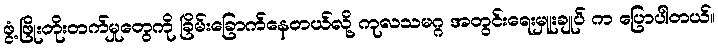
ဖွံ့ဖြိုးတိုးတက်မှုတွေကို ခြိမ်းခြောက်နေတယ်လို့ ကုလသမဂ္ဂ အတွင်းရေးမှူးချုပ် က ပြောပါတယ်။